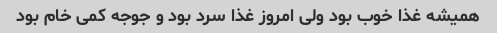
همیشه غذا خوب بود ولی امروز غذا سرد بود و جوجه کمی خام بود